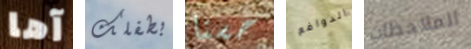
آها بطفلك حسنا الدوافع الملاحظات